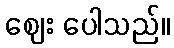
ဈေး ပေါသည်။